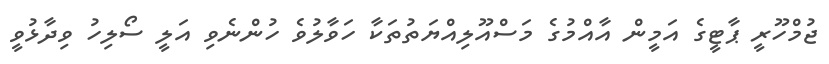
ޖުމްހޫރީ ޕާޓީގެ އަމީން އާއްމުގެ މަސްއޫލިއްޔަތުތަކާ ހަވާލުވެ ހުންނެވި އަލީ ސޯލިހު ވިދާޅުވީ